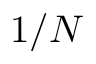
1 / N